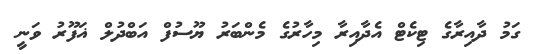
ގަމު ދާއިރާގެ ޓިކެޓް އެދާއިރާ މިހާރުގެ މެންބަރު ޔޫސުފް އަބްދުލް ޣަފޫރު ވަނީ